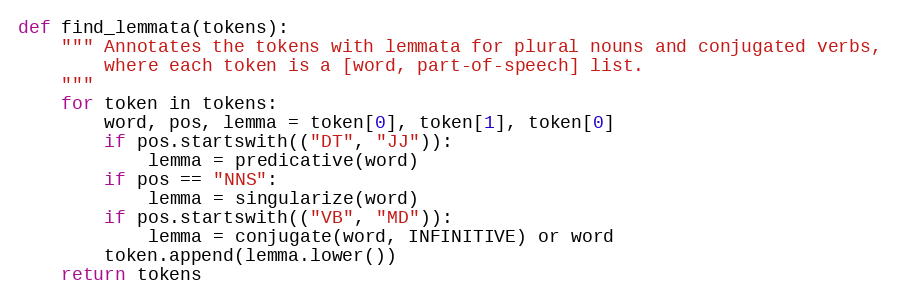
Language: Python
def find_lemmata(tokens):
    """ Annotates the tokens with lemmata for plural nouns and conjugated verbs,
        where each token is a [word, part-of-speech] list.
    """
    for token in tokens:
        word, pos, lemma = token[0], token[1], token[0]
        if pos.startswith(("DT", "JJ")):
            lemma = predicative(word)
        if pos == "NNS":
            lemma = singularize(word)
        if pos.startswith(("VB", "MD")):
            lemma = conjugate(word, INFINITIVE) or word
        token.append(lemma.lower())
    return tokens